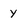
Character: y